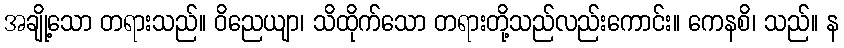
အချို့သော တရားသည်။ ဝိညေယျာ၊ သိထိုက်သော တရားတို့သည်လည်းကောင်း။ ကေနစိ၊ သည်။ န